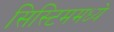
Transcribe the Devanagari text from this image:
सिस्टिममध्ये